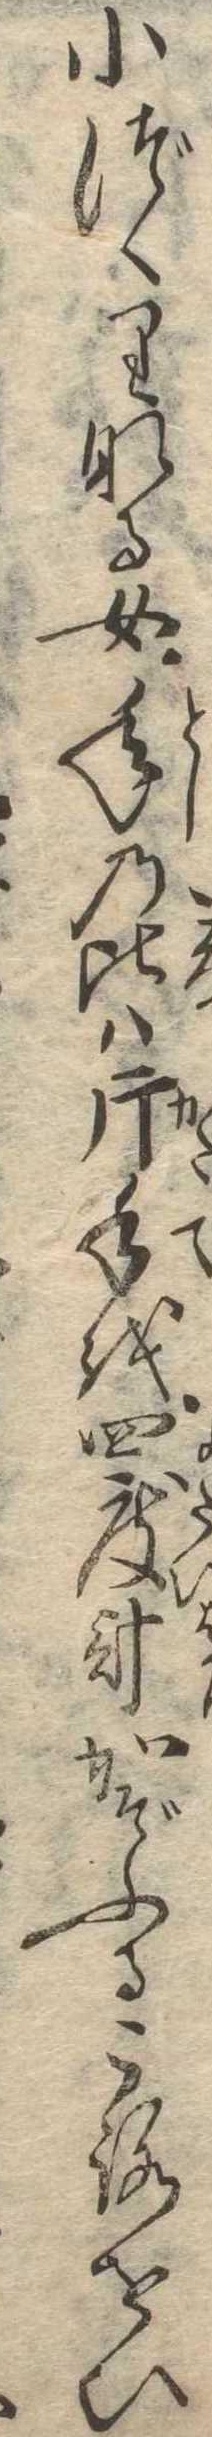
小づくりなる女年の比は片手を四度計かぞふるころをひ